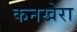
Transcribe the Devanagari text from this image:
कनखेरा